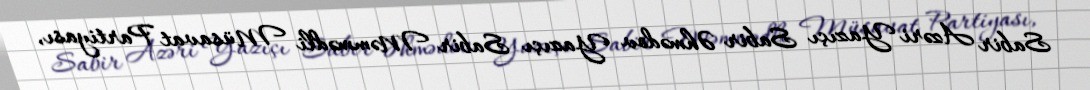
Sabir Azəri Yazıçı Sabir Əhmədov Yazıçı Sabir Məmmədli Müsavat Partiyası,